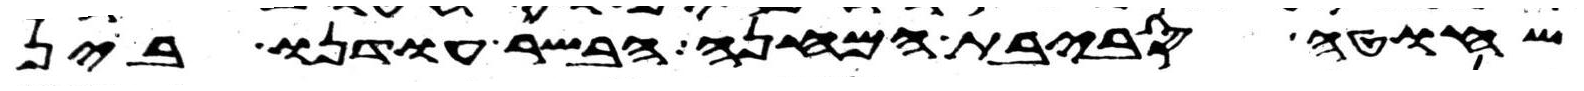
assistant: שחוט סביבת המחנה הבשר עודנו בין